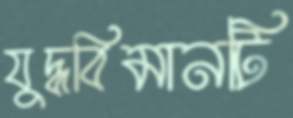
যুদ্ধবিমানটি